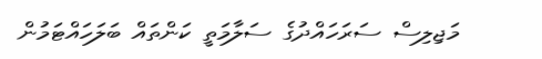
މަޖިލިސް ސަރަހައްދުގެ ސަލާމަތީ ކަންތައް ބަލަހައްޓަމުން